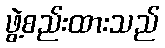
ဖွဲ့စည်းထားသည်